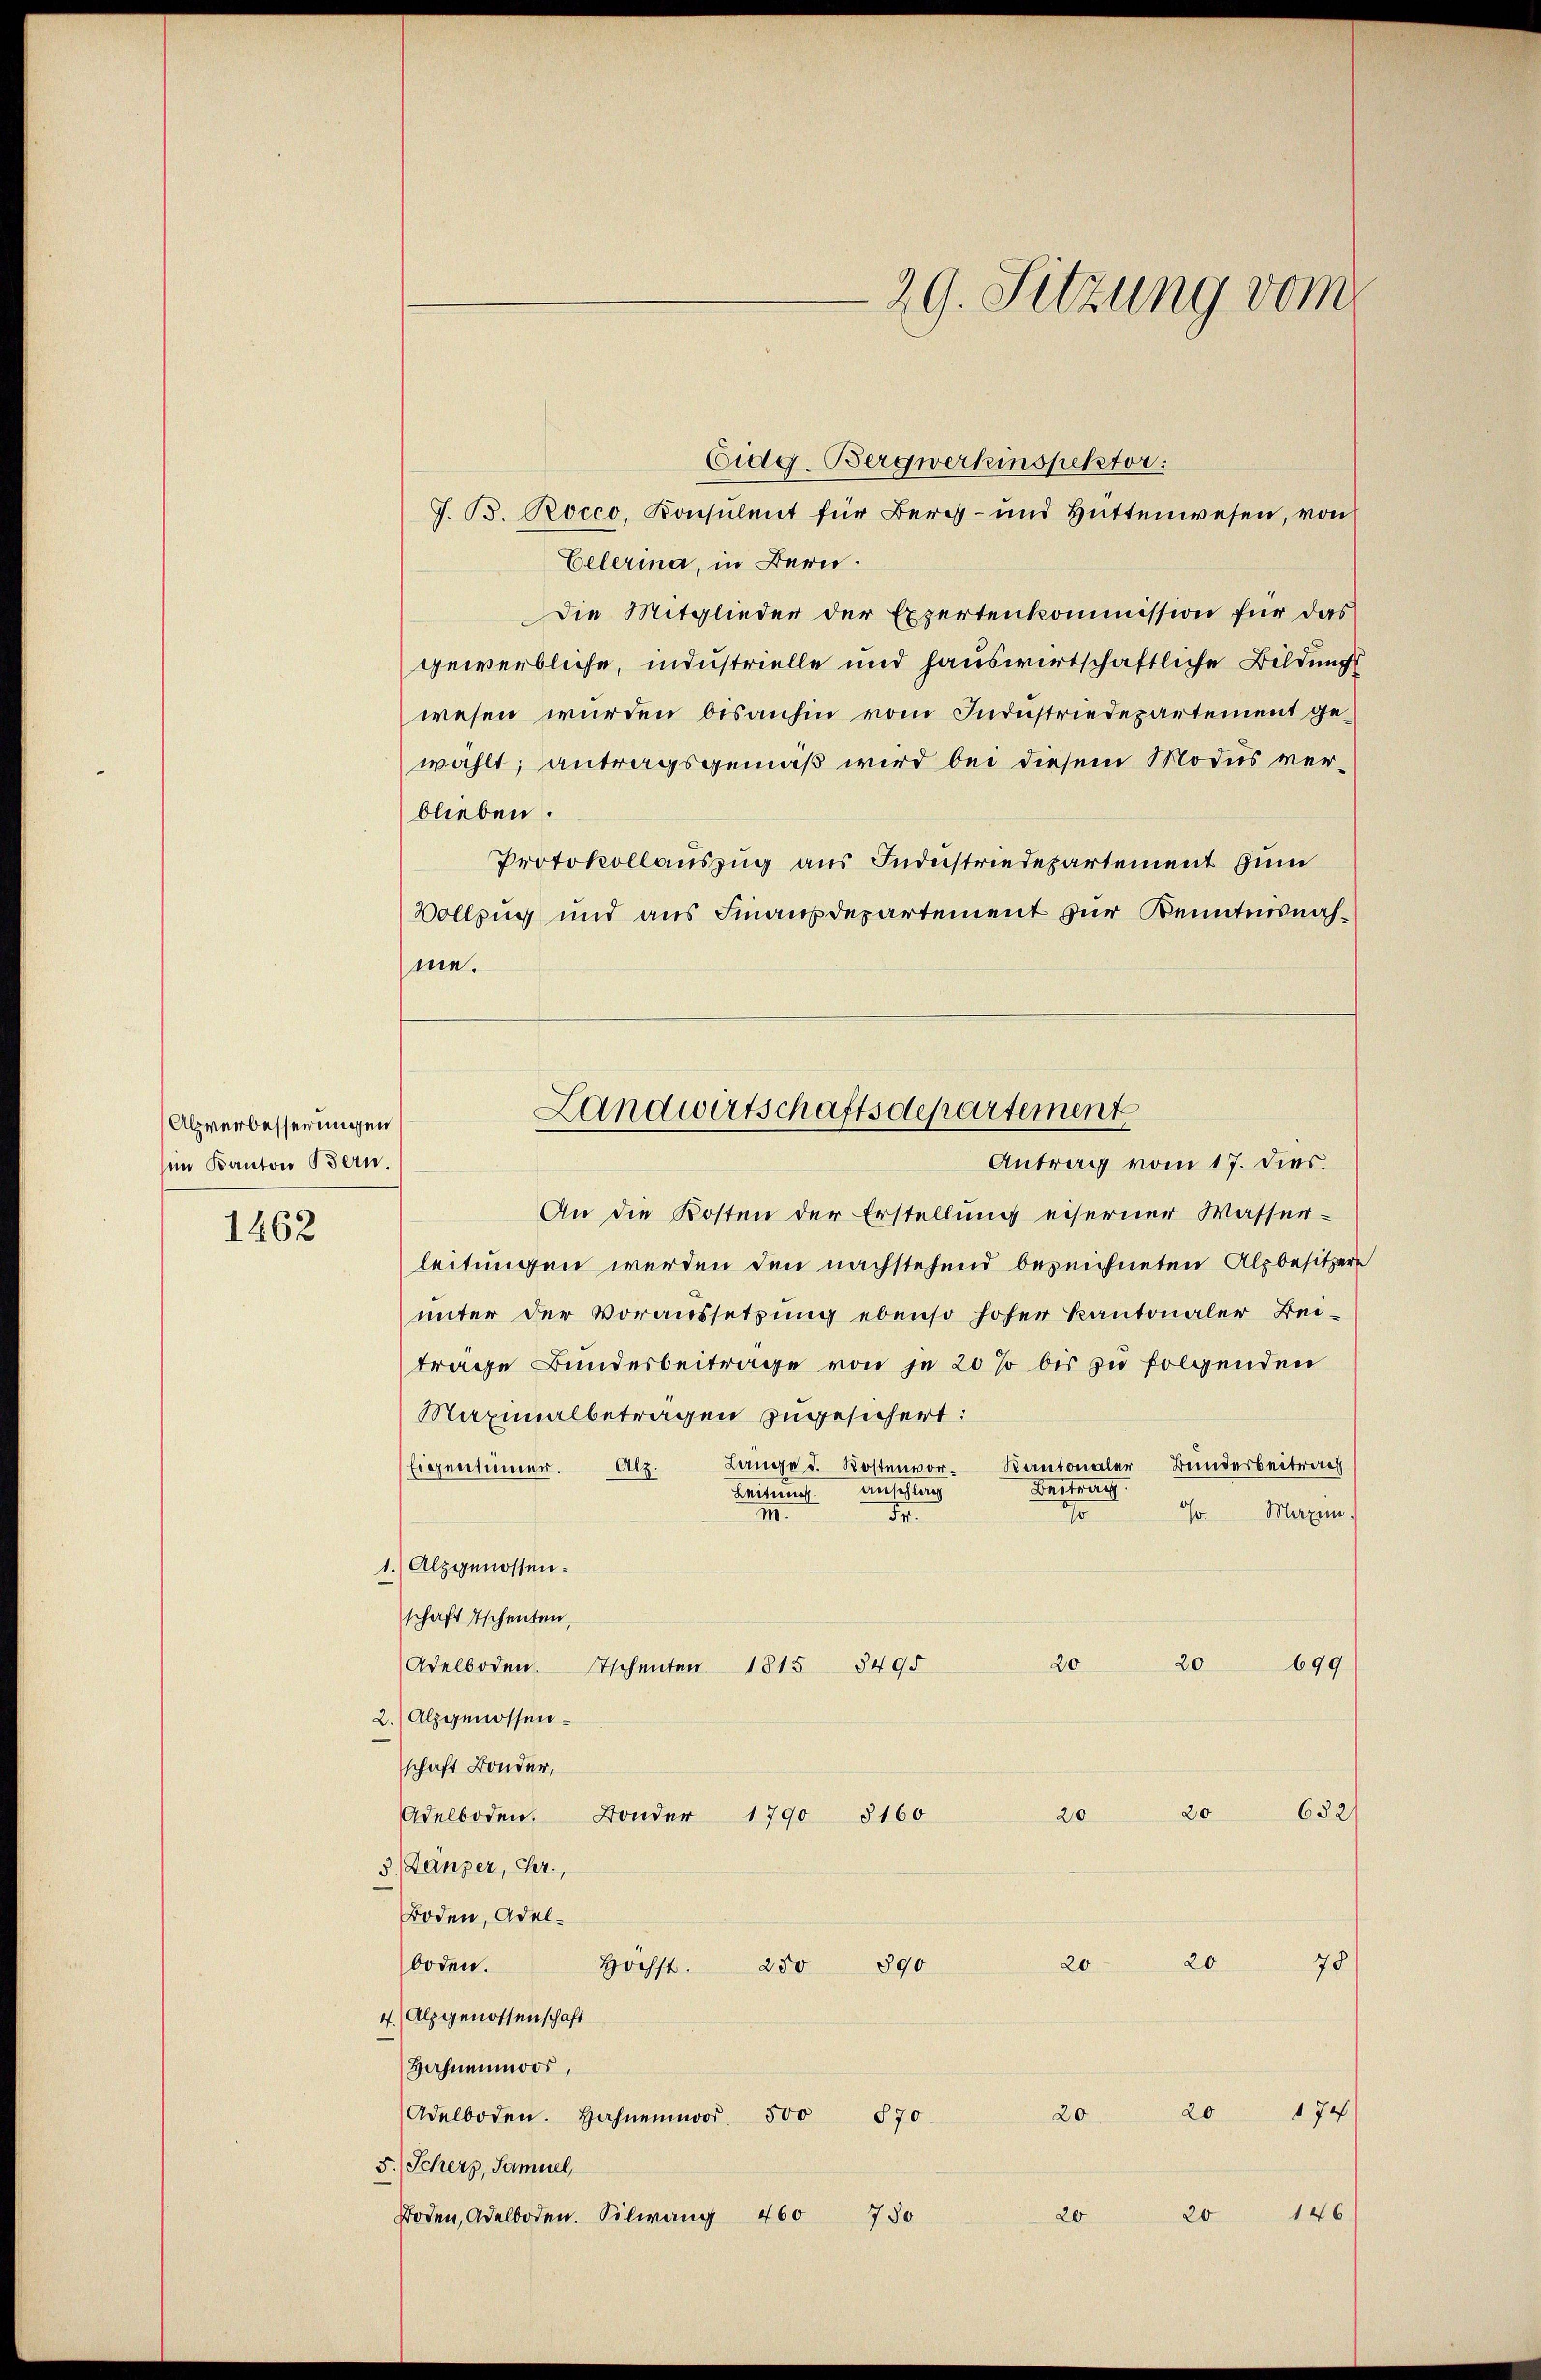
Alpverbesserungen
sim Kanton Bern.

1462

Eidg. Bergwerkinspektor:
G. B. Rocco, Konsulent für Bergs- und Hüttenwesen, von
Eelerina, in Bern.
Die Mitglieder der Expertenkommission für das
gewerbliche, industrielle und hauswirtschaftliche Bildung
wesen wurden bisanhin vom Industriedepartement gewählt, antragsgemäß wird bei diesem Modus verblieben.
Protokollauszug aus Industriedepartement zum
Vollzug und aus Finanzdepartement zur Kenntnisnahme.

An die Kosten der Erstellung eiserner Wasser-
leitungen werden den nachstehend bezeichneten Alpbesitzere
unter der Voraussetzung ebenso hoher Kantonaler Bei-
trage Bundesbeitrage von je 20 % bis zu folgenden
Maximalbetragen zugesichert:
Lange d. Kostenvor-Kantonaler Bunderbeitrach
Eigentümer. Alz.
Bestreng
Leitung. Anschlag
Hr. Maxi
III.
170
M.
1.) Alzgenossen.
schaft Tschenten,
20 20 699
Adelboden. Eschenten 1815 8495
2. Alpgenossen.
schaft Bonder,
Adelboden. Bonder 1790 8160 20 20 682
3. Länzer, Chr.,
Boden, Adelboden.
höchst. 280 890 20 20 78
4. Alpgenossenschaft
Hahnenmoos,
Adelboden. Hahnenor 500 870 20 20 174
5. Scherz, Samuel,
Boden, Adelboden. Silwang 460 730 20 20 146

29. Sitzung vom

Landwirtschaftsdepartement
Antrag vom 17. dies.